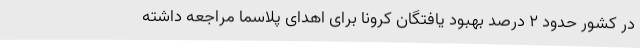
در کشور حدود 2 درصد بهبود یافتگان کرونا برای اهدای پلاسما مراجعه داشته